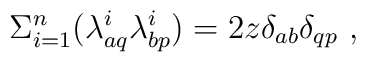
\Sigma_{i=1}^n(\lambda^i_{a q}\lambda^i_{bp})= 2z\delta_{ab}\delta_{qp}\ ,